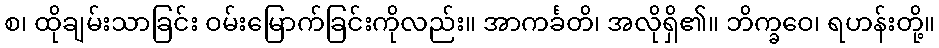
စ၊ ထိုချမ်းသာခြင်း ဝမ်းမြောက်ခြင်းကိုလည်း။ အာကင်္ခတိ၊ အလိုရှိ၏။ ဘိက္ခဝေ၊ ရဟန်းတို့။